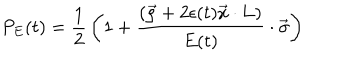
P _ { E } ( t ) = { \frac { 1 } { 2 } } \left( 1 + { \frac { ( \vec { \rho } + 2 \epsilon ( t ) \vec { x } \cdot { \bf L } ) } { E ( t ) } } \cdot \vec { \sigma } \right)